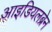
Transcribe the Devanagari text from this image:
आइडियलब्रेन